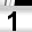
Digit: 1